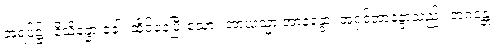
အရပ်၌။ နိသိန္နော ခေါ၊ ထိုင်နေပြီးသော။ အာယသ္မာ အာနန္ဒော၊ အရှင်အာနန္ဒာသည်။ ဘဂဝန္တံ၊